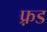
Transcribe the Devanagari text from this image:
फ़्रड